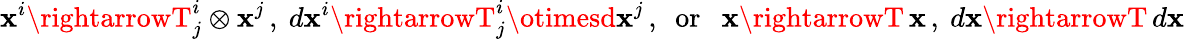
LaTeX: \mathbf{x}^{i}\rightarrowT_{j}^{i}\otimes\mathbf{x}^{j}\, ,\ d\mathbf{x}^{i}\rightarrowT_{j}^{i}\otimesd\mathbf{x}^{j}\, ,\ \ \mathrm{{or}}\ \ \ \mathbf{x}\rightarrowT\, \mathbf{x}\, ,\ d\mathbf{x}\rightarrowT\, d\mathbf{x}